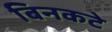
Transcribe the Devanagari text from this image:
बिनकटे